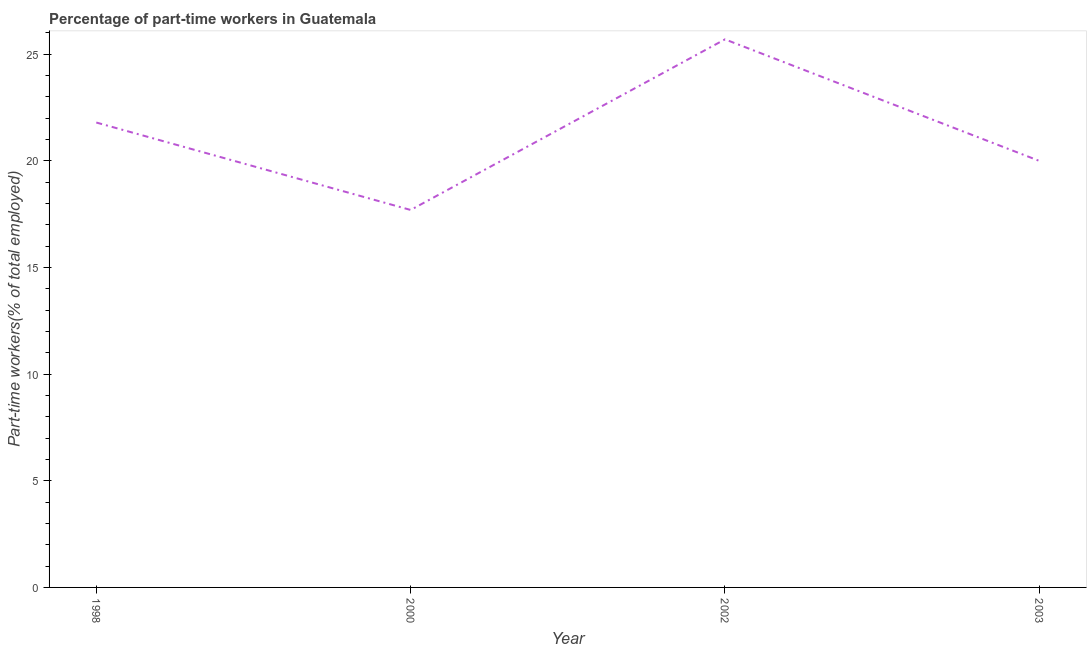
| Year | Part time employment |
 | --- | --- |
 | 1998 | 21.8 |
 | 2000 | 17.7 |
 | 2002 | 25.7 |
 | 2003 | 20 |